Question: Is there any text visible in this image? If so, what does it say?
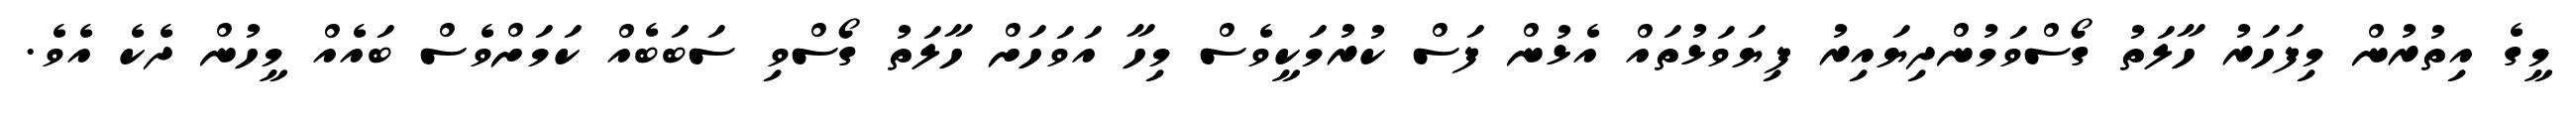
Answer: މީގެ އިތުރުން މިފަހަރު ހާލަތު ގޯސްވަމުންދިޔައިރު ފިޔަވަޅުތައް އެޅުން ފަސް ކުރުމަކީވެސް މިހާ އަވަހަށް ހާލަތު ގޯސްވި ސަބަބެއް ކަމަށްވެސް ބައެއް މީހުން ދެކެ އެވެ.